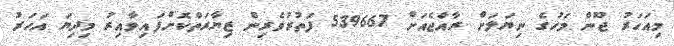
މިއަހަރު ޖޫން މަހުގެ ނިޔަލަށް ރާއްޖެއަށް 539667 ފަތުރުވެރިން ޒިޔާރަތްކޮށްފައިވާއިރު މިދިޔަ އަހަރު